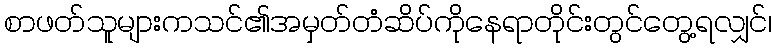
စာဖတ်သူများကသင်၏အမှတ်တံဆိပ်ကိုနေရာတိုင်းတွင်တွေ့ရလျှင်၊